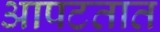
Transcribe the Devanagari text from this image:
आपटतात